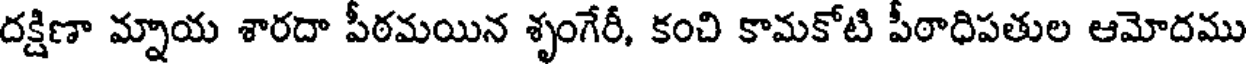
దక్షిణా మ్నాయ శారదా పీఠమయిన శృంగేరీ, కంచి కామకోటి పీఠాధిపతుల ఆమోదము